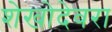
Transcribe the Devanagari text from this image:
शेखोदेवरा